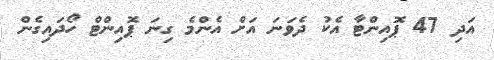
އަދި 47 ޕޮއިންޓާ އެކު ދެވަނަ އަށް އެންމެ ގިނަ ޕޮއިންޓް ހޯދައިގެން